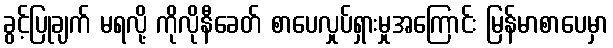
ခွင့်ပြုချက် မရလို့ ကိုလိုနီခေတ် စာပေလှုပ်ရှားမှုအကြောင်း မြန်မာစာပေမှာ